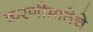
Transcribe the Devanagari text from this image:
करणीमातेचे